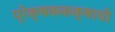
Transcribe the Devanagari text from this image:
प्रेक्षककक्षाची